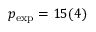
p _ { \mathrm { e x p } } = 1 5 ( 4 )